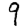
Digit: 9